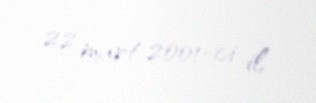
22 mart 2001-ci il